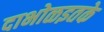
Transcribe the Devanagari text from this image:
दाभोळइतके